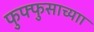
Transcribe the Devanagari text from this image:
फुफ्फुसाच्याा